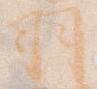
羽